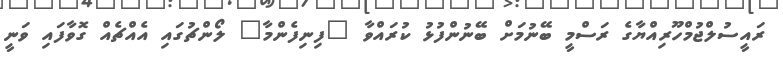
ރައީސުލްޖުމްހޫރިއްޔާގެ ރަސްމީ ބޭނުމަށް ބޭނުންފުޅު ކުރައްވާ "ފިނިފެންމާ" ލޯންޗުގައި އެއްޗެއް ގޮވާފައި ވަނީ